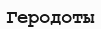
Геродоты